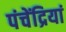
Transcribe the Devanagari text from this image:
पंचेंद्रियां